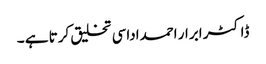
ڈاکٹر ابرار احمداداسی تخلیق کرتا ہے ۔